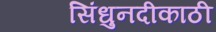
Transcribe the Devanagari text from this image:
सिंधुनदीकाठी